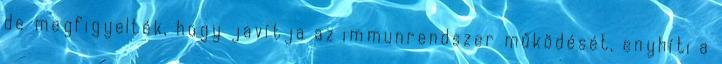
de megfigyelték, hogy javítja az immunrendszer működését, enyhíti a